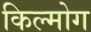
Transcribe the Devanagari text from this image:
किल्मोग